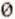
0